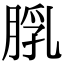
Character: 𦜘